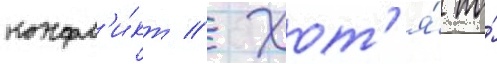
конфл'и́кт // Хот'я́ по́